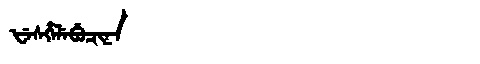
Manchu: ᡶᡝᠰᡥᡝᠯᡝᠪᡠᠴᡳᠨᠠ
Romanization: FESHELEBUCINA